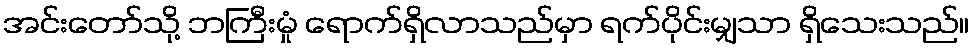
အင်းတော်သို့ ဘကြီးမှုံ ရောက်ရှိလာသည်မှာ ရက်ပိုင်းမျှသာ ရှိသေးသည်။